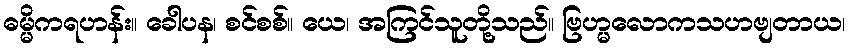
ဓမ္မိကရဟန်း။ ခေါပန၊ စင်စစ်။ ယေ၊ အကြင်သူတို့သည်။ ဗြဟ္မလောကသဟဗျတာယ၊